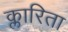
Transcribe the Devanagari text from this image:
क्लारिता